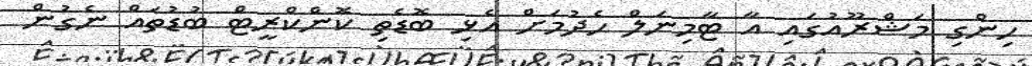
ހިންގި މަޝްރޫއުގައި އާ ޓާމިނަލް ހެދުމަށް އެޅި ބޮޑެތި ކޮންކްރީޓް ބުޑުތައް ނެގުން